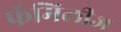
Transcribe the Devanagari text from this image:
फॅमिलीज